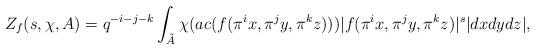
LaTeX: \begin{align*} Z_f(s, \chi, A)=q^{-i-j-k}\int_{\tilde A}{\chi(ac (f(\pi^ix, \pi^jy, \pi^kz)))|f(\pi^ix, \pi^jy, \pi^kz)|^s|dxdydz|},\end{align*}